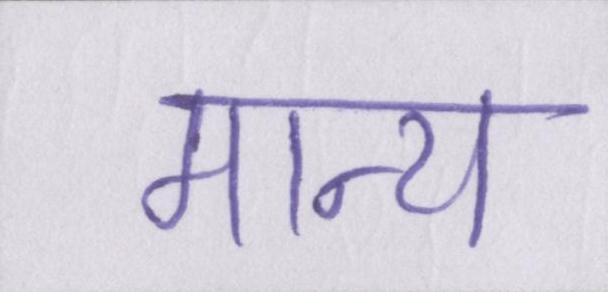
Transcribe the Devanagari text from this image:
मान्य